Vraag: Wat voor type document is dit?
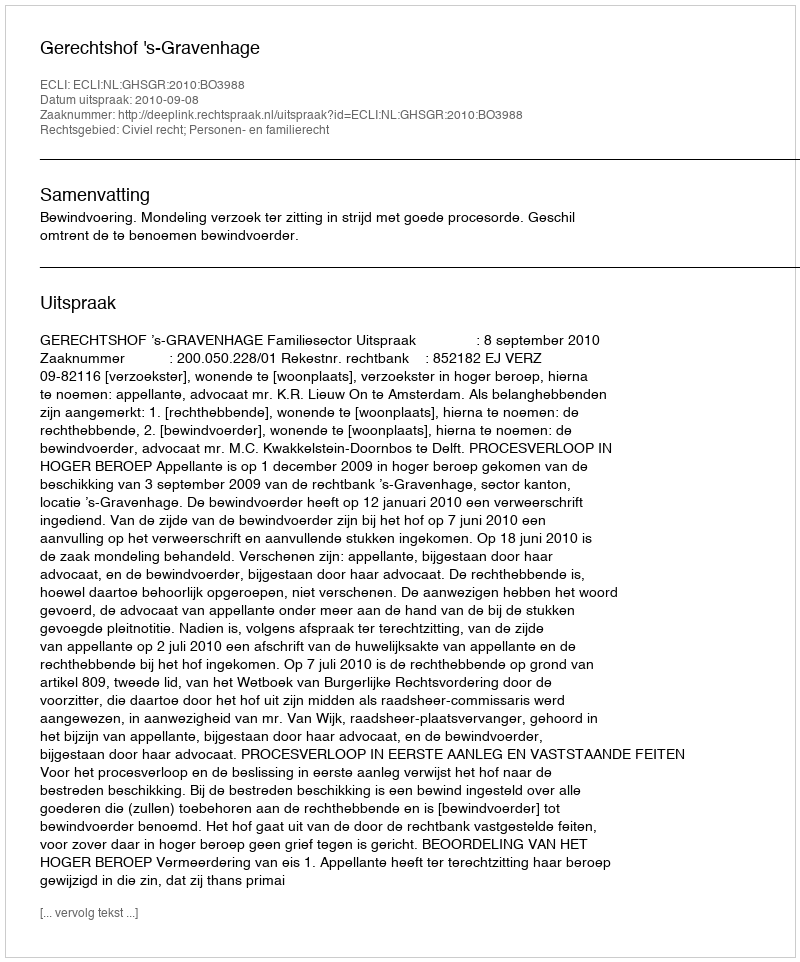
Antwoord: Uitspraak